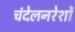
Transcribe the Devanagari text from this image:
चंदेलनरेशों